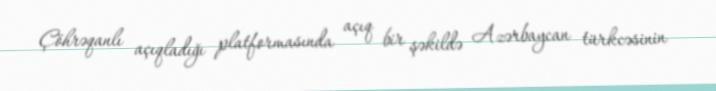
Çöhrəqanlı açıqladığı platformasında açıq bir şəkildə Azərbaycan türkcəsinin